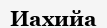
Иахийа